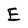
Character: E